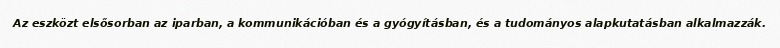
Az eszközt elsősorban az iparban, a kommunikációban és a gyógyításban, és a tudományos alapkutatásban alkalmazzák.